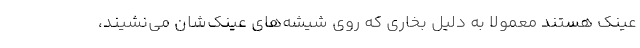
عینک هستند معمولا به دلیل بخاری که روی شیشه‌های عینک‌شان می‌نشیند،‌